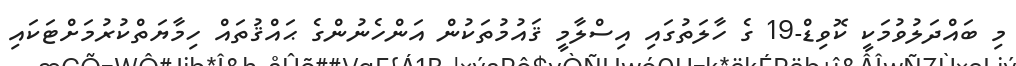
މި ބައްދަލުވުމަކީ ކޮވިޑް-19 ގެ ހާލަތުގައި އިސްލާމީ ޤައުމުތަކުން އަންހެނުންގެ ޙައްޤުތައް ހިމާޔަތްކުރުމަށްޓަކައި